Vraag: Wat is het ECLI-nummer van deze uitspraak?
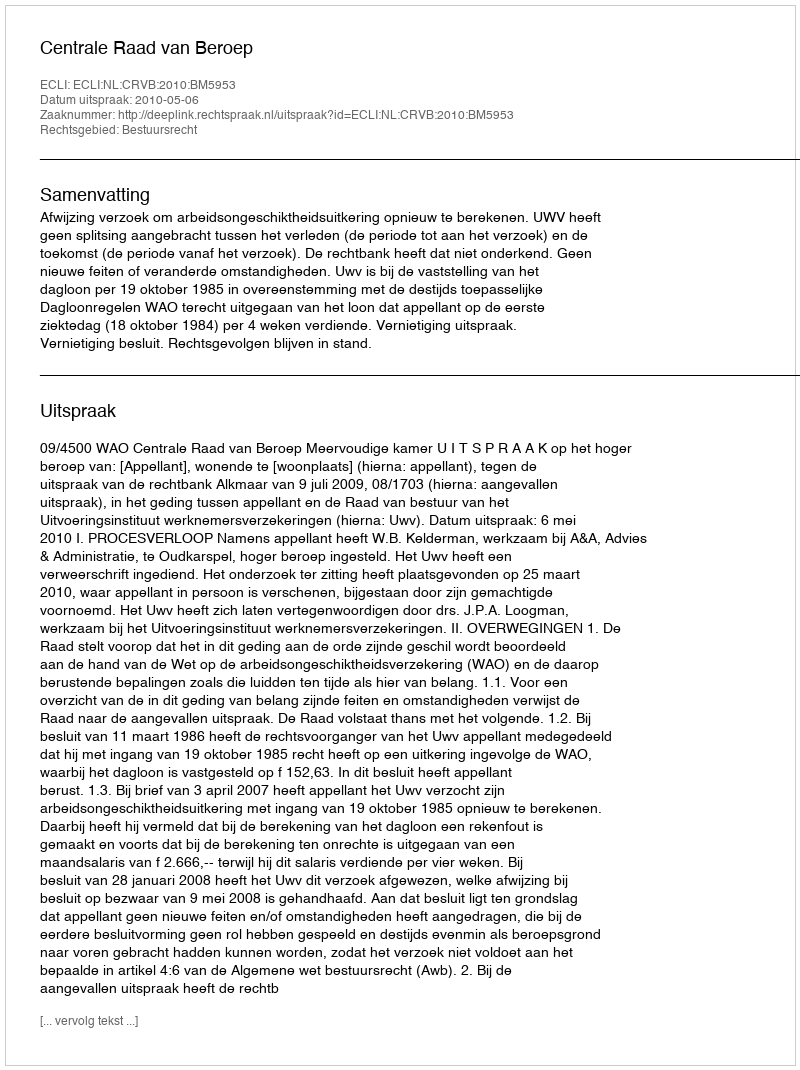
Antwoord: ECLI:NL:CRVB:2010:BM5953